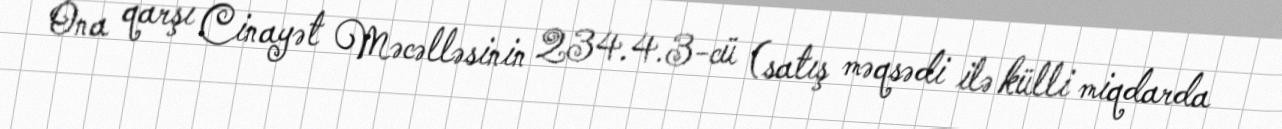
Ona qarşı Cinayət Məcəlləsinin 234.4.3-cü (satış məqsədi ilə külli miqdarda